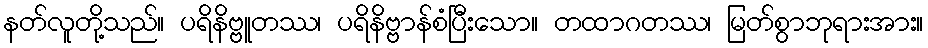
နတ်လူတို့သည်။ ပရိနိဗ္ဗူတဿ၊ ပရိနိဗ္ဗာန်စံပြီးသော။ တထာဂတဿ၊ မြတ်စွာဘုရားအား။